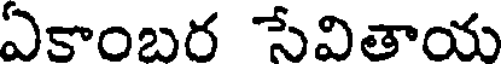
ఏకాంబర సేవితాయ